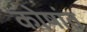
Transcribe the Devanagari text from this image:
कोषांत